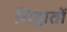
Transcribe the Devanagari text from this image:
सिद्वातों